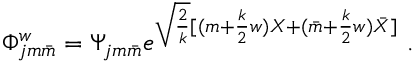
\Phi _ { j m \bar { m } } ^ { w } = \Psi _ { j m \bar { m } } e ^ { \sqrt { \frac { 2 } { k } } [ ( m + { \frac { k } { 2 } } w ) X + ( \bar { m } + { \frac { k } { 2 } } w ) \bar { X } ] } ~ .